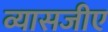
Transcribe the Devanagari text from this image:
व्यासजीए